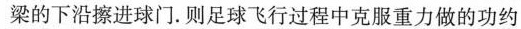
梁的下沿擦进球门。则足球飞行过程中克服重力做的功约